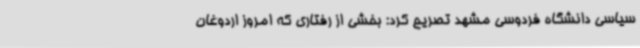
سیاسی دانشگاه فردوسی مشهد تصریح کرد: بخشی از رفتاری که امروز اردوغان